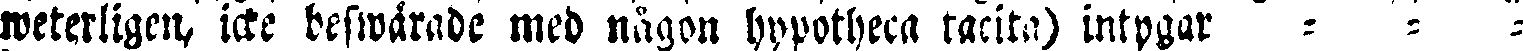
weterligcn, icke beswärade med någon hypotheca tacita intygar - - -